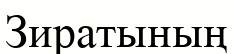
Зиратының